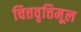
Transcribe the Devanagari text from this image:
चित्तवृत्तिमूल